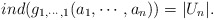
\begin{align*} ind(g_{1,\cdots, 1}(a_1,\cdots,a_n))=|U_n|.\end{align*}